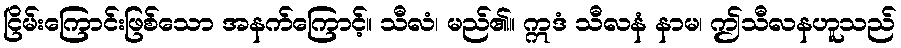
ငြိမ်းကြောင်းဖြစ်သော အနက်ကြောင့်။ သီလံ၊ မည်၏။ ဣဒံ သီလနံ နာမ၊ ဤသီလနဟူသည်